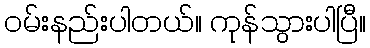
ဝမ်းနည်းပါတယ်။ ကုန်သွားပါပြီ။